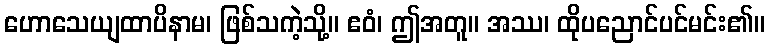
ဟောသေယျထာပိနာမ၊ ဖြစ်သကဲ့သို့။ ဧဝံ၊ ဤအတူ။ အဿ၊ ထိုပညောင်ပင်မင်း၏။